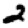
Digit: 2